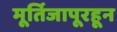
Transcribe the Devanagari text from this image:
मूर्तिजापूरहून